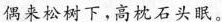
偶来松树下，高枕石头眠。